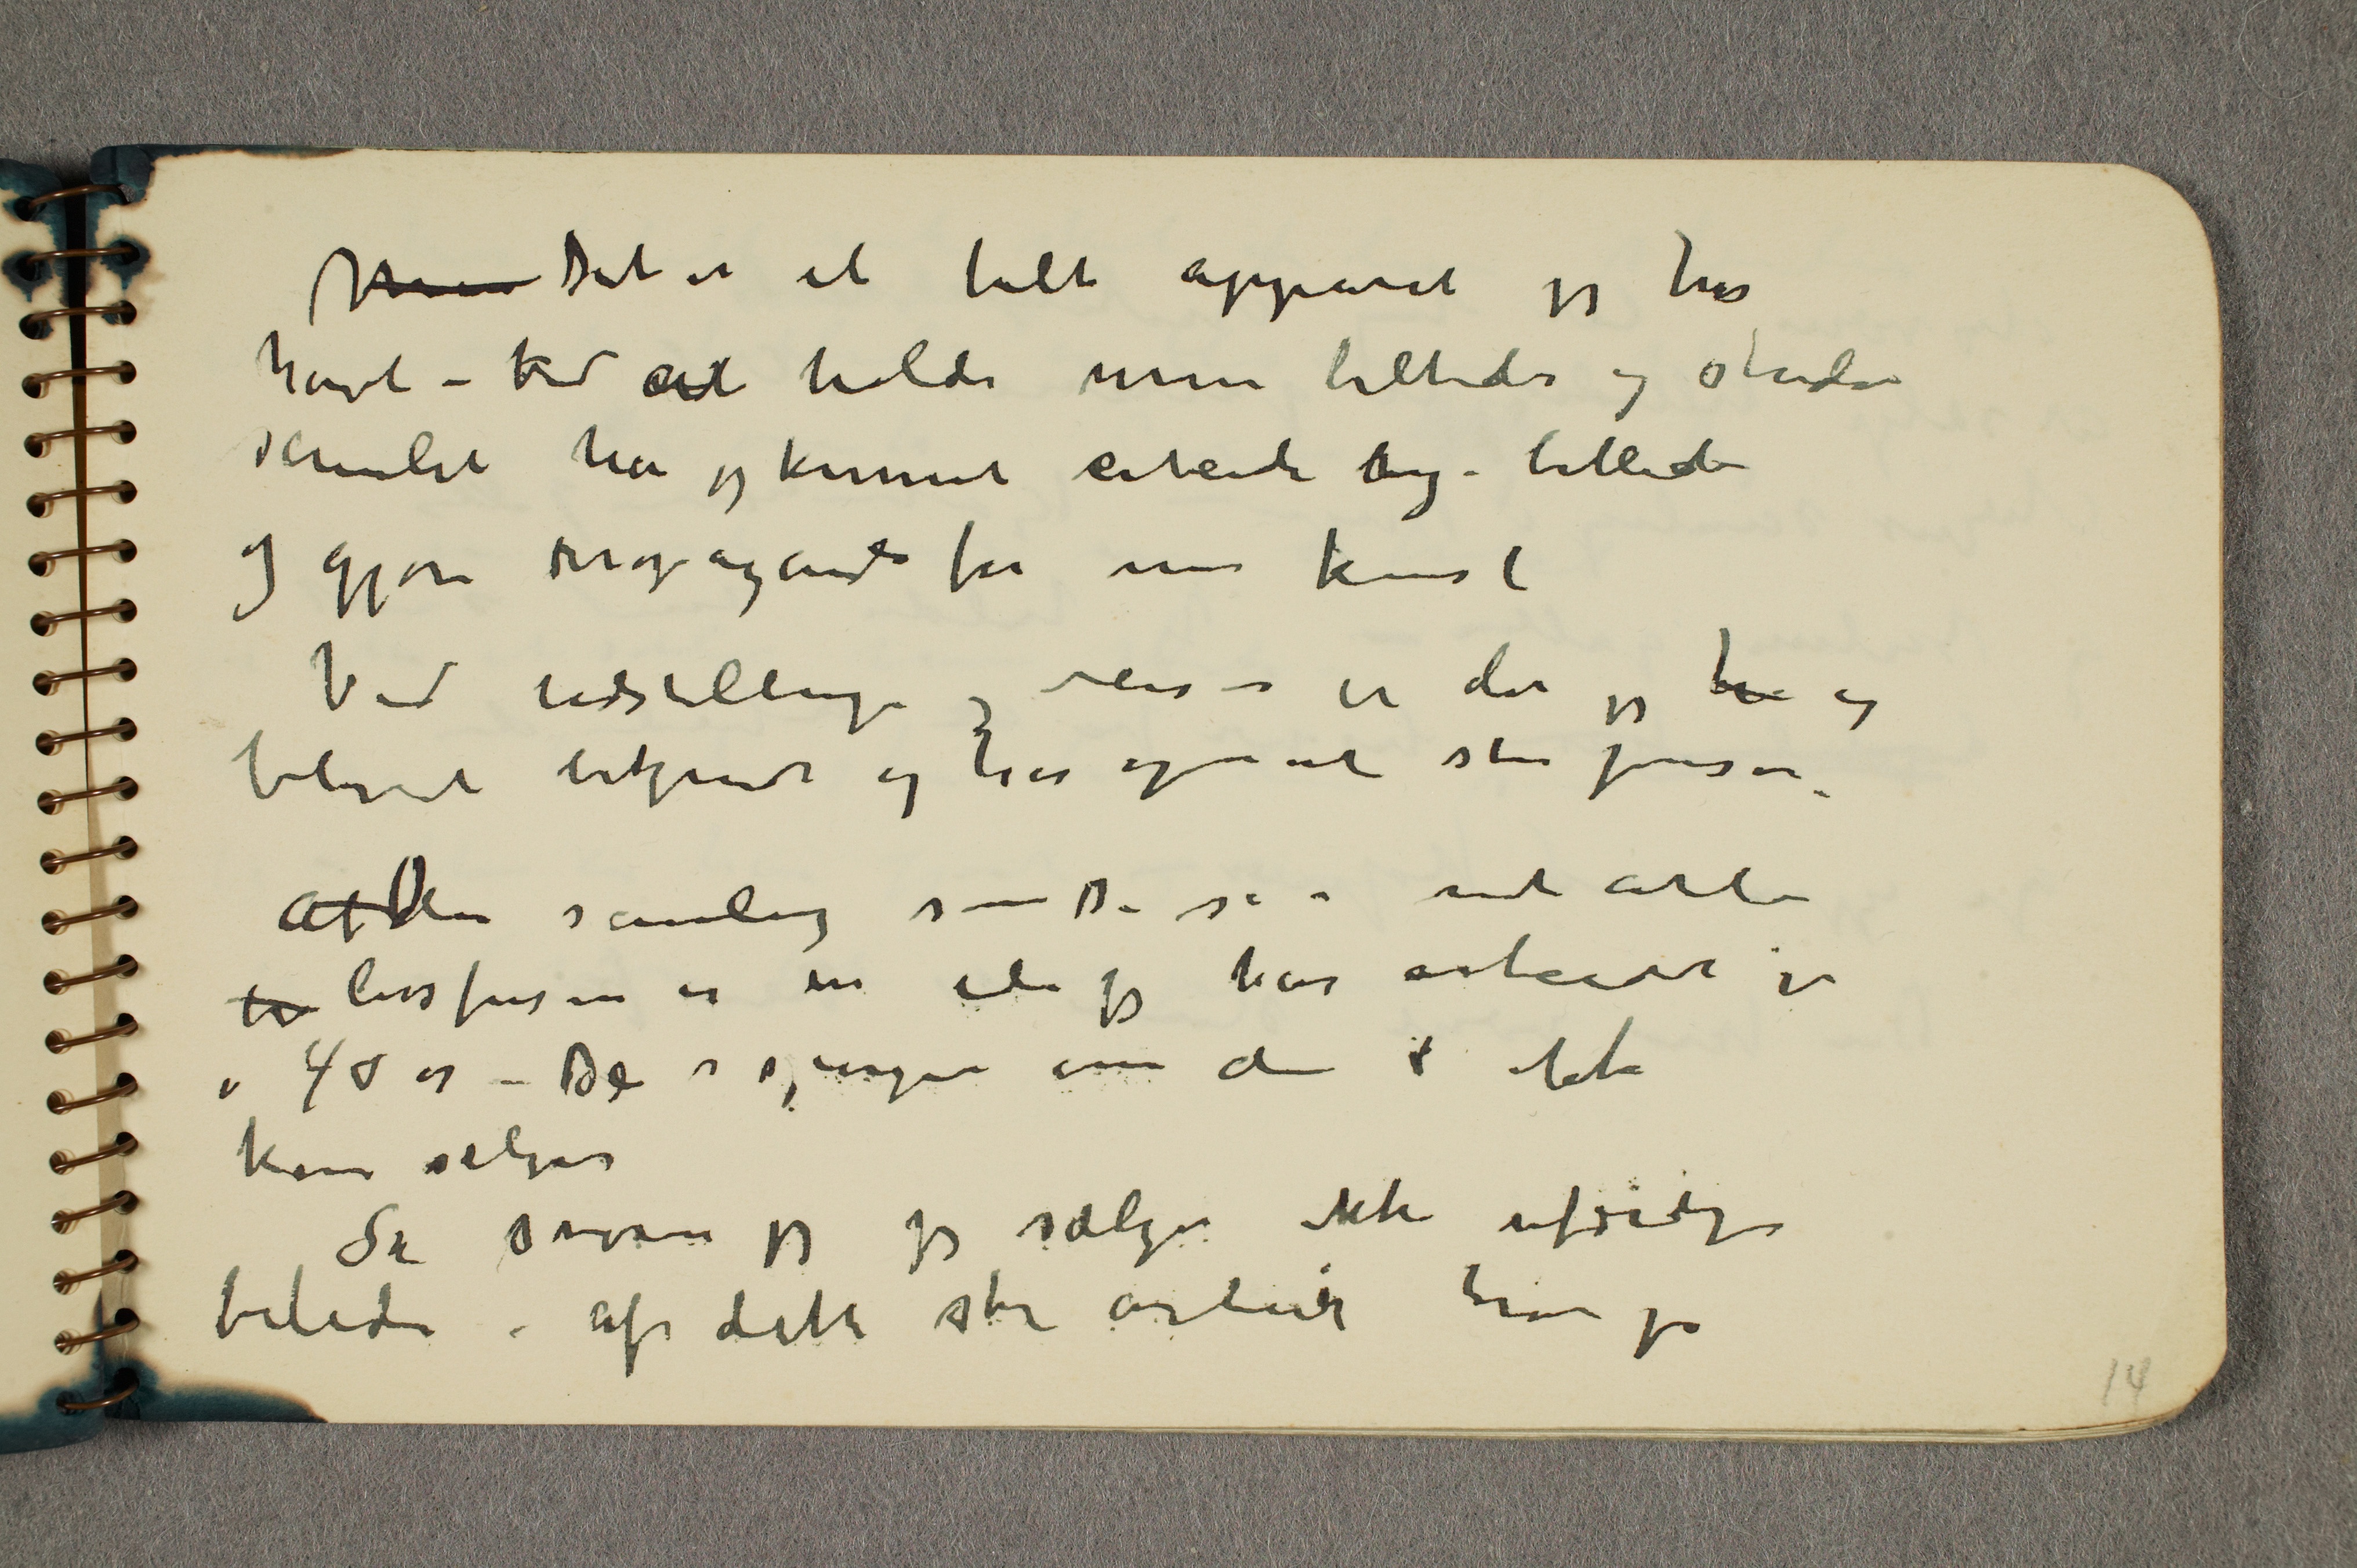
Mine Det er et helt apparat jeg har
havt – ved at holde mine billeder og studier
samlet har jeg kunnet arbeide ... billede
og gjøre ... for min kunst
Ved udstillinge og reiser er da jeg ... og
blivet bekjendt og betegnet stor person.
At Den samling som De så i mit atlier
li livsfrisen er en ide jeg har arbeidet i
i 40 år – De spørger om de ... ikke
kan sælges
Så svarer jeg jeg sælger ikke ufærdige
bileder – af dette store arbeide har jeg